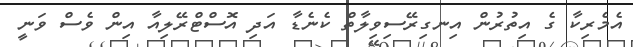
އެމެރިކާ ގެ އިތުރުން އިނގިރޭސިވިލާތް ކެނެޑާ އަދި އޮސްޓްރޭލިއާ އިން ވެސް ވަނީ